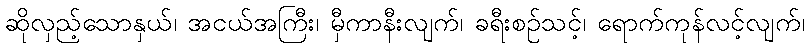
ဆိုလှည့်သောနှယ်၊ အငယ်အကြီး၊ မှီကာနီးလျက်၊ ခရီးစဉ်သင့်၊ ရောက်ကုန်လင့်လျက်၊